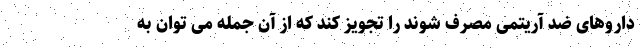
داروهای ضد آریتمی مصرف شوند را تجویز کند که از آن جمله می توان به